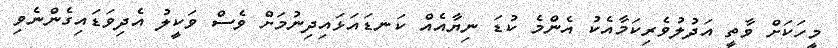
މީހަކަށް ވާތީ އަދުލުވެރިކަމާއެކު އެންމެ ކުޑަ ނިޔާއެއް ކަނޑައަޅައިދިނުމަށް ވެސް ވަކީލު އެދިވަޑައިގެންނެވި